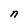
Character: n